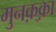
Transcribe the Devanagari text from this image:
मुनक़्क़ा